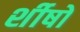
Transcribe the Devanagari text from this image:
र्शीषों